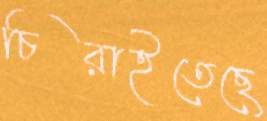
চিরাইতেছে